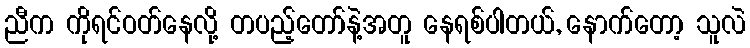
ညီက ကိုရင်ဝတ်နေလို့ တပည့်တော်နဲ့အတူ နေရစ်ပါတယ်, နောက်တော့ သူလဲ